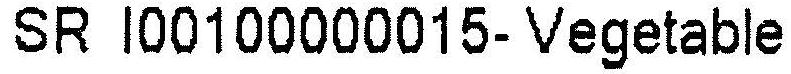
SR I00100000015- VEGETABLE